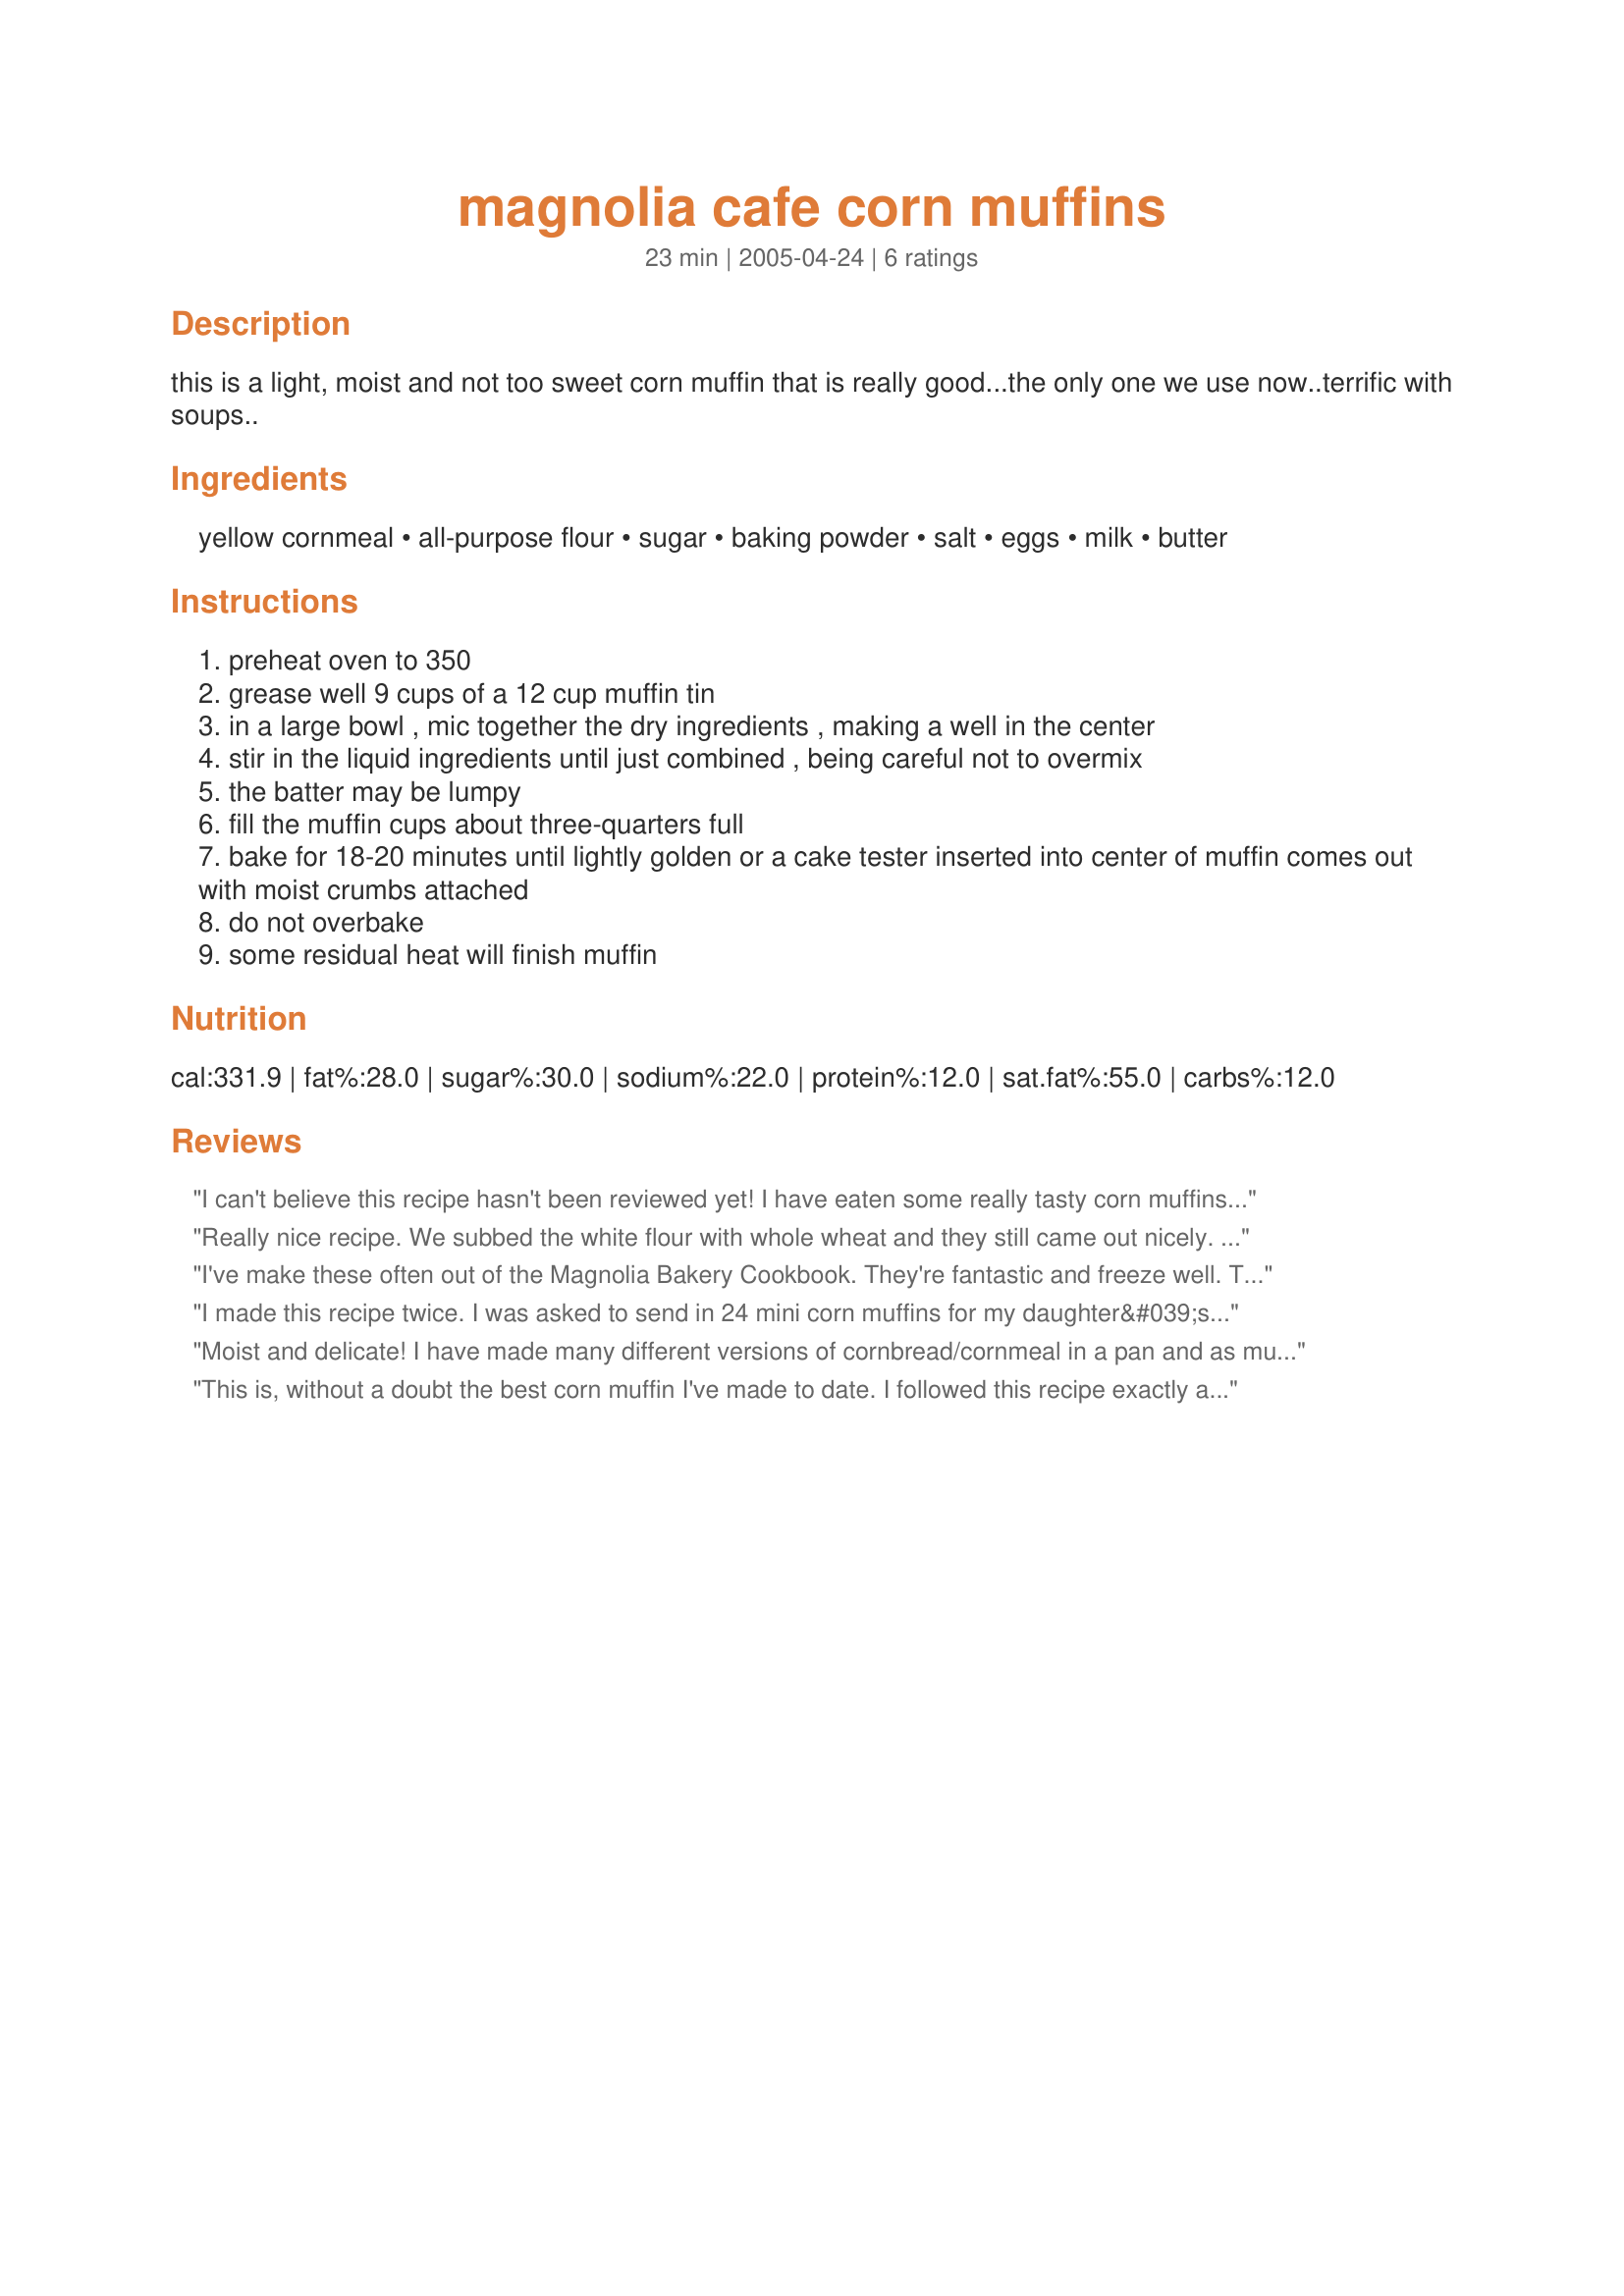
magnolia cafe corn muffins
Preparation time: 23 minutes

this is a light, moist and not too sweet corn muffin that is really good...the only one we use now..terrific with soups..

Ingredients:
yellow cornmeal, all-purpose flour, sugar, baking powder, salt, eggs, milk, butter

Steps:
preheat oven to 350
grease well 9 cups of a 12 cup muffin tin
in a large bowl , mic together the dry ingredients , making a well in the center
stir in the liquid ingredients until just combined , being careful not to overmix
the batter may be lumpy
fill the muffin cups about three-quarters full
bake for 18-20 minutes until lightly golden or a cake tester inserted into center of muffin comes out with moist crumbs attached
do not overbake
some residual heat will finish muffin

Reviews:
I can't believe this recipe hasn't been reviewed yet!
I have eaten some really tasty corn muffins in my time, but these were so delicious!
The description is perfect; they're very light (and I even used a sturdy stone ground cornmeal). They are slightly sweet, but that's not the first thing that hits you when you bite into them. They're buttery and moist. This recipe makes me want to buy the Magnolia Cafe's cookbook. I served the muffins with #111231 Paula's Taco Soup. Let me tell you, these two recipes were made for each other.
I will, without a doubt, make these again.
Thank you! :)
Really nice recipe. We subbed the white flour with whole wheat and they still came out nicely. Nice texture which was not too soft but not dry at all. We topped them with a tiny bit of sugar in the raw and my daugher added carob chips to her half before we put them in the oven. Easy recipe and we will make them again. Thanks for sharing.
I've make these often out of the Magnolia Bakery Cookbook. They're fantastic and freeze well. They are not too sweet. Great combination of savory and lightly sweet.
I made this recipe twice. I was asked to send in 24 mini corn muffins for my daughter&#039;s third grade class. My daughter is allergic to eggs, so I used Ener-G egg replacer. The first attempt was delicious! A perfect accompaniment to chili. But I was worried that they would not be sweet enough for a breakfast treat for 8-year-olds. Also, I used paper liners in the muffin pan and the baked muffins would not separate from the papers. So, I tried again, this time increasing the sugar to 1/2 cup and I omitted the paper liners. Also delicious! A perfect breakfast treat. In all, I was able to make 67 mini muffins with one recipe. They baked perfectly in 10 minutes.
Moist and delicate! I have made many different versions of cornbread/cornmeal in a pan and as muffins and mini muffins and these are probably the best I have ever made. They are just sweet enough and very moist and delicate. I would highly recommend this recipe and plan on using it from now on. There isn&#039;t really a reason to search for a different on any more, I have found THE ONE!!
This is, without a doubt the best corn muffin I've made to date. I followed this recipe exactly and the result was 12 good size muffins, which are moist, with just the right amount of sweetness. They were a hit with my family. Thanks for sharing!!
